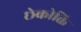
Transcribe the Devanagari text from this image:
छेकोक्ति